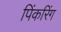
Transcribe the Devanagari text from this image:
पिंकरिंग